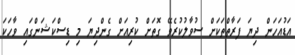
އަޑުއަހަން ދިޔަ ފަރާތްތަކަށް ސުވާލުކުރެވޭ ގޮތަށް ކުރިއަށް ގެންދިޔަ މި ޑިސްކަޝަންގައި ވާހަކަ